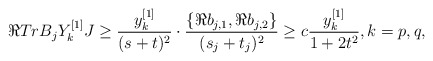
\begin{align*}\Re Tr B_jY_k^{[1]}J \geq \frac{y_k^{[1]}}{(s+t)^2}\cdot \frac{\{\Re b_{j,1}, \Re b_{j,2}\}}{(s_j+t_j)^2}\geq c\frac{y_k^{[1]}}{1+2t^2},k=p,q, \end{align*}